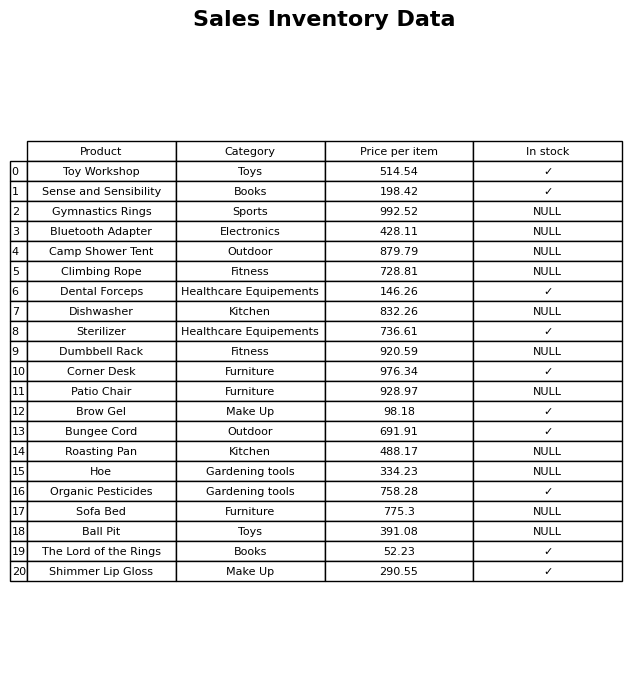
question: What is the stock status of the The Lord of the Rings?
answer: ✓